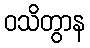
ဝသိတွာန